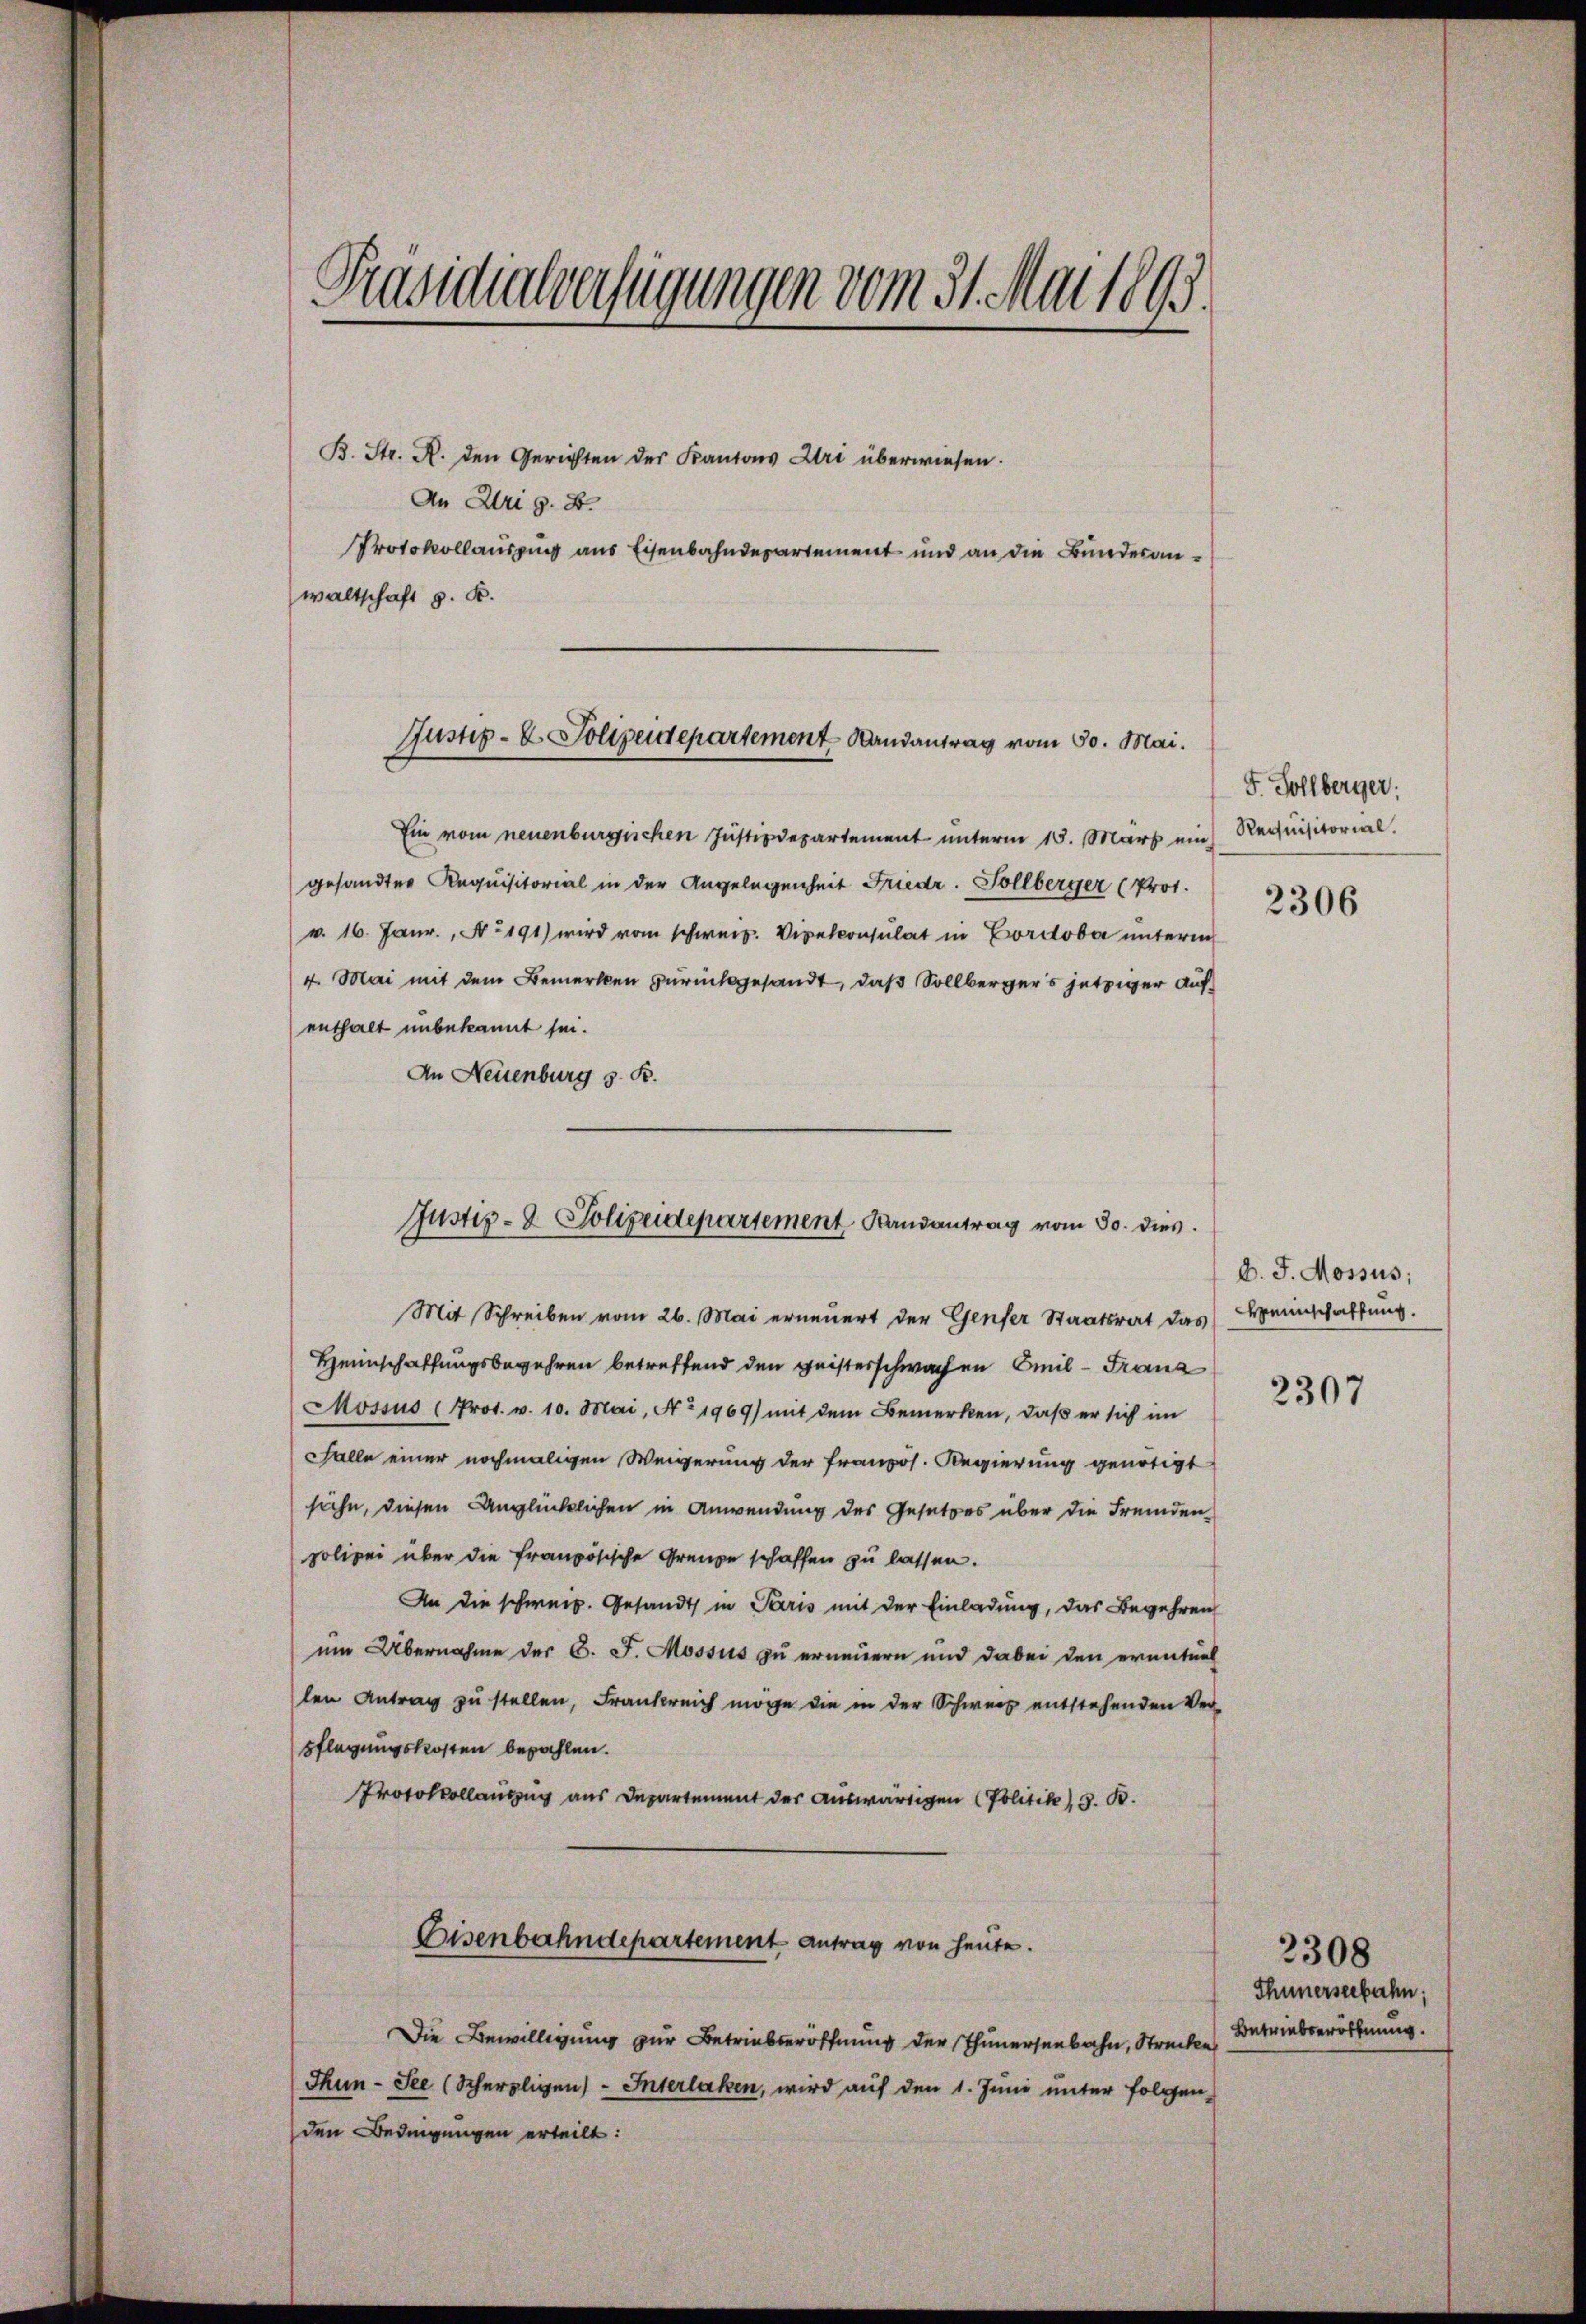
Präsidialverfügungen vom 31. Mai 1893.

B. Str. A. den Gerichten des Kantons Uri überwiesen.
An Uri G. B.
Protokollauszug aus Eisenbahndepartement und an die Bunderanwaltschaft p. K.

Justiz- & Polizeidepartement Randantrag vom 30. Mai.

Ein vom neuenburgischen Justizdepartement unterm 15. März ein
gesandter Requisitorial in der Angelegenheit Friedr. Sollberger (Prot.
v. 16. Janr., N. 191) wird vom schweiz. Veralconsulat in Cordober unterm
4. Mai mit dem Bemerken zurückgesandt, daß Sollbergers jetziger Aufenthalt unbekannt sei.
An Neisenburg z. B.
Mit Schreiben vom 26. Mai erneuert der Genfer Staatsrat das
Heimschaffungsbegehren betreffend den geisterschwachen Emil - Franz
Mossus (Prot. v. 10. Mai, No 1969) mit dem Bemerken, daß er sich im
Falle einer nochmaligen Weigerung der französ. Regierung genötigt
suche, diesen Unglücklichen in Anwendung des Gesetzes über die Fremdenpolizei über die französische Grenze schaffen zu lassen.
An die schweiz. Gesandt in Paris mit der Einladung, das Begehren
um Übernahme der C. J. Mossus zu erneuern und dabei den eventuel
len Antrag zu stellen, Frankreich möge die in der Schweiz entstehenden Ver-
pflegungskosten bezahlen.
Protokollauszug aus Departement der auswärtigen (Politik, 3. B.
Eisenbahndepartement Antrag von heute.
Die Bewilligung zur Betriebseröffnung der Thunersenbahn, Strecken
Thun - See (Scherzligen Interlaken, wird auf den 1. Juni unter folgen-
den Bedingungen erteilt:

Justiz- & Polizeidepartement Randantrag vom 30. dies

F. Sollberger:
Requisitorial.
2306

D. J. Mossus;
Heinschaffung.

2307

Thünerseebahn;
Betriebseröffnung.

2308